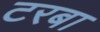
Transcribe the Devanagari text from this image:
टरबा